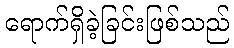
ရောက်ရှိခဲ့ခြင်းဖြစ်သည်